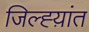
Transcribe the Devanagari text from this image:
जिल्ह्य़ांत